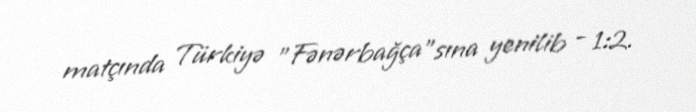
matçında Türkiyə "Fənərbağça"sına yenilib - 1:2.